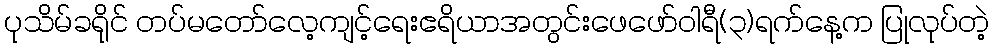
ပုသိမ်ခရိုင် တပ်မတော်လေ့ကျင့်ရေးဧရိယာအတွင်းဖေဖော်ဝါရီ(၃)ရက်နေ့က ပြုလုပ်တဲ့